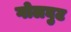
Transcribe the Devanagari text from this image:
गोलघुट